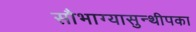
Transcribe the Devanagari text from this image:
सौभाग्यासुन्थीपका